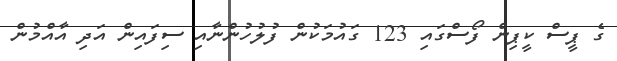
ގެ ޕީސް ކީޕިން ފޯސްގައި 123 ގައުމަކުން ފުލުހުންނާއި ސިފައިން އަދި އާއްމުން